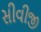
સીવીજી